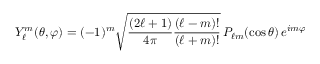
Y _ { \ell } ^ { m } ( \theta , \varphi ) = ( - 1 ) ^ { m } { \sqrt { { \frac { ( 2 \ell + 1 ) } { 4 \pi } } { \frac { ( \ell - m ) ! } { ( \ell + m ) ! } } } } \, P _ { \ell m } ( \cos { \theta } ) \, e ^ { i m \varphi }